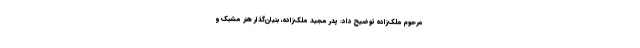
مرحوم ملک‌زاده توضیح داد: پدر مجید ملک‌زاده، بنیان‌گذار هنر مشبک و